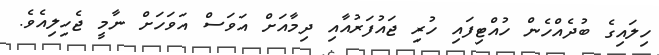
ހިލައިގެ ބުދެއްހެން ހުއްޓިފައި ހުރި ޖައުފަރުއާއި ދިމާއަށް އަވަސް އަވަހަށް ނާމީ ޖެހިލިއެވެ.